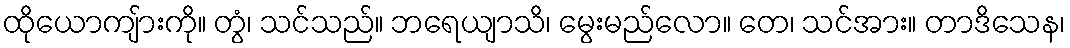
ထိုယောကျ်ားကို။ တွံ၊ သင်သည်။ ဘရေယျာသိ၊ မွေးမည်လော။ တေ၊ သင်အား။ တာဒိသေန၊